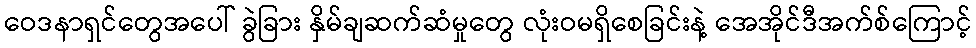
ဝေဒနာရှင်တွေအပေါ် ခွဲခြား နှိမ်ချဆက်ဆံမှုတွေ လုံးဝမရှိစေခြင်းနဲ့ အေအိုင်ဒီအက်စ်ကြောင့်